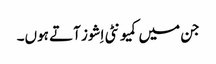
جن میں کمیونٹی اِشوز آتے ہوں۔